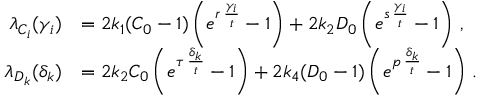
\begin{array} { r l } { \lambda _ { C _ { i } } ( \gamma _ { i } ) } & { = 2 k _ { 1 } ( C _ { 0 } - 1 ) \left( e ^ { r \, \frac { \gamma _ { i } } { t } } - 1 \right) + 2 k _ { 2 } D _ { 0 } \left( e ^ { s \, \frac { \gamma _ { i } } { t } } - 1 \right) \, , } \\ { \lambda _ { D _ { k } } ( \delta _ { k } ) } & { = 2 k _ { 2 } C _ { 0 } \left( e ^ { \tau \, \frac { \delta _ { k } } { t } } - 1 \right) + 2 k _ { 4 } ( D _ { 0 } - 1 ) \left( e ^ { p \, \frac { \delta _ { k } } { t } } - 1 \right) \, . } \end{array}